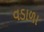
વડાળા